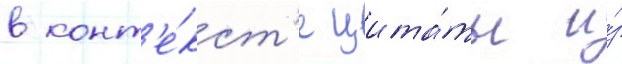
в конт'е́кст'е цита́ты и́з